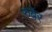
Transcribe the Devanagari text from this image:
रुबेर